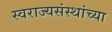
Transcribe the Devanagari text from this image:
स्वराज्यसंस्थांच्या